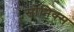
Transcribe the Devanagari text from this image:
सोनिक्स